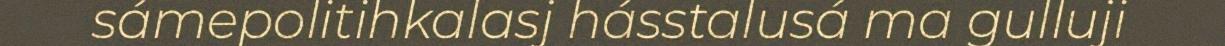
sámepolitihkalasj hásstalusá ma gulluji